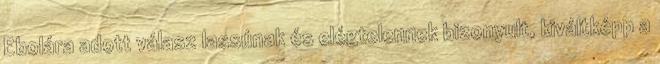
Ebolára adott válasz lassúnak és elégtelennek bizonyult, kiváltképp a